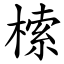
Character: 㮦